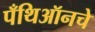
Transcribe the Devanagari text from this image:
पँथिऑनचे